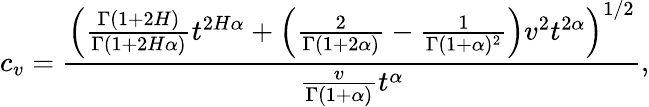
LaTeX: c_{v}=\frac{\left(\frac{\Gamma(1+2H)}{\Gamma(1+2H\alpha)}t^{2H\alpha}+\left(\frac{2}{\Gamma(1+2\alpha)}-\frac{1}{\Gamma(1+\alpha)^{2}}\right)v^{2}t^{2\alpha}\right)^{1/2}}{\frac{v}{\Gamma(1+\alpha)}t^{\alpha}},